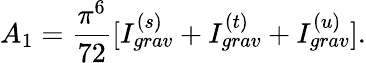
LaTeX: A_{1}=\frac{\pi^{6}}{72}[I_{grav}^{(s)}+I_{grav}^{(t)}+I_{grav}^{(u)}].